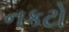
નકટો